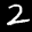
Label: 2